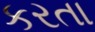
કરતા